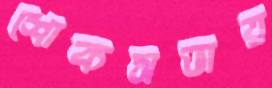
শোকসভায়